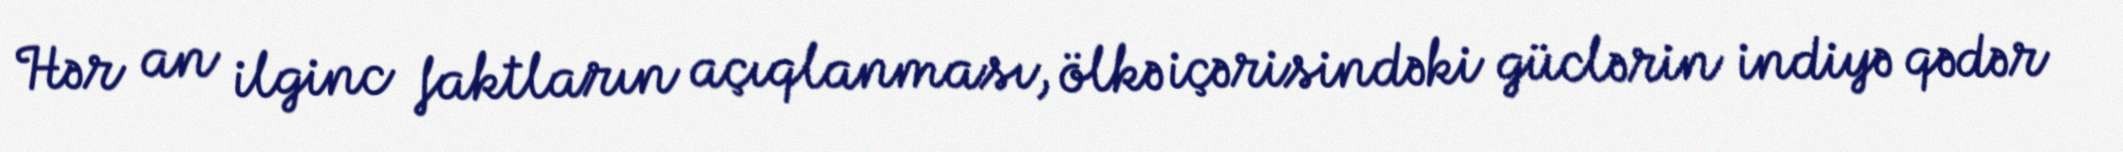
Hər an ilginc faktların açıqlanması, ölkə içərisindəki güclərin indiyə qədər